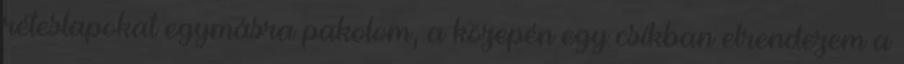
réteslapokat egymásra pakolom, a közepén egy csíkban elrendezem a